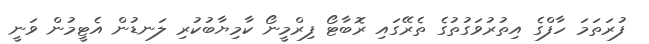
ފުރަތަމަ ހާފްގެ އިތުރުވަގުތުގެ ތެރޭގައި ރޮބާޓޯ ފިރްމީނޯ ކާމިޔާބުކުރި ލަނޑުން އެޓީމުން ވަނީ